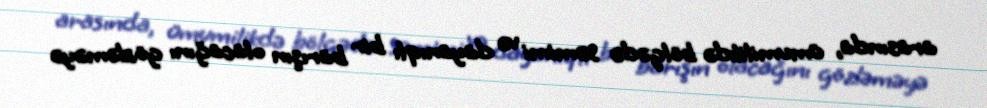
arasında, ümumilikdə bölgədə səmimi və dayanıqlı bir barışın olacağını gözləməyə